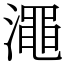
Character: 澠